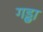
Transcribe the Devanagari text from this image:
गड्ढा़